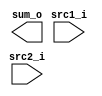
module Adder( src1_i, src2_i, sum_o	);

//I/O ports
input	[32-1:0] src1_i;
input	[32-1:0] src2_i;
output	[32-1:0] sum_o;

//Internal Signals
wire	[32-1:0] sum_o;
    
//Main function
/*your code here*/


endmodule